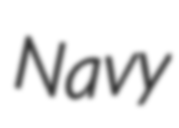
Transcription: Navy